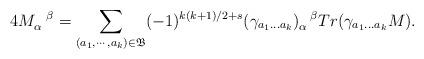
LaTeX: \begin{align*} 4M_{\alpha}^{\ \ \beta} = \sum_{(a_1,\cdots, a_k)\in \mathfrak{B}}(-1)^{k(k+1)/2+s} (\gamma_{a_1\dots a_k})_{\alpha}^{\ \ \beta} Tr( \gamma_{a_1\dots a_k}M).\end{align*}